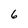
Character: 6